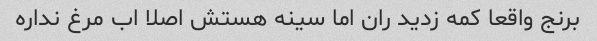
برنج واقعا کمه زدید ران اما سینه هستش اصلا اب مرغ نداره